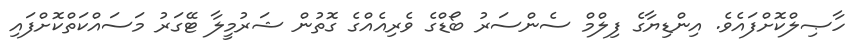
ހާޞިލްކޮށްފައެވެ. އިންޑިޔާގެ ފިލްމް ސެންސަރު ބޯޑްގެ ވެރިއެއްގެ ގޮތުން ޝަރުމީލާ ޓޭގަރު މަސައްކަތްކޮށްފައި